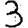
Digit: 3